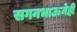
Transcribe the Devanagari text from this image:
सगनभाऊनेही